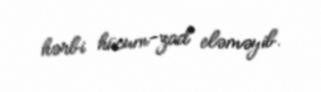
hərbi hücum-zad eləməyib.